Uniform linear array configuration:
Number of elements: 8
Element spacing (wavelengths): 0.25
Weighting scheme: uniform
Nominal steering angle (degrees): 60
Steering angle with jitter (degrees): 59.919
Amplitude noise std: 0.05
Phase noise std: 0.05

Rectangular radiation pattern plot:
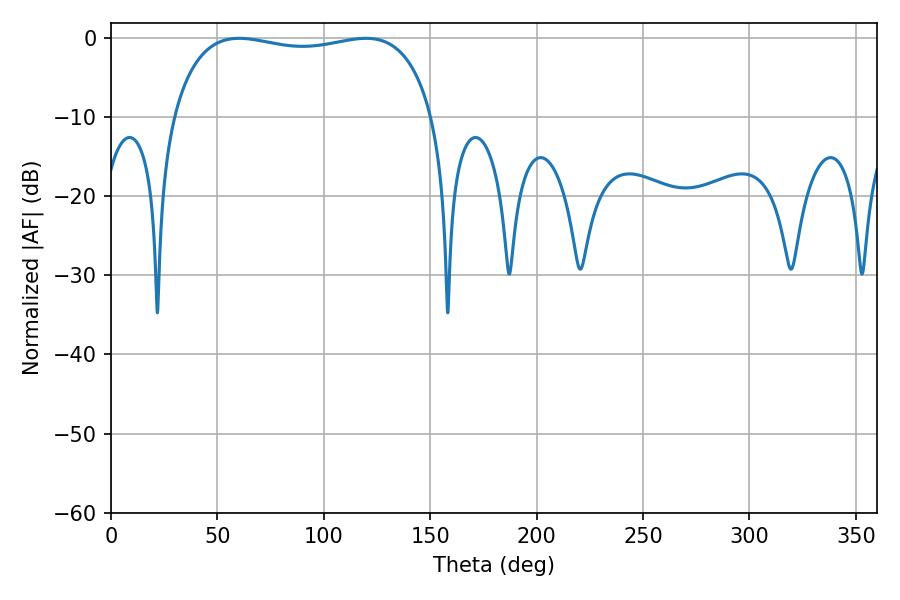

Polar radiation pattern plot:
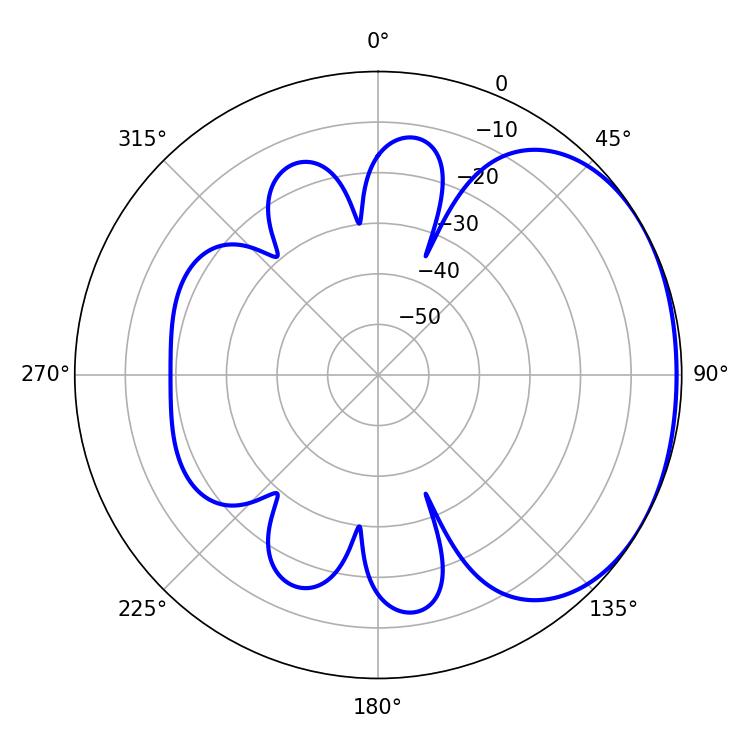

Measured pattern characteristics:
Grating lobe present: FALSE
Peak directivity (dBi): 1.643
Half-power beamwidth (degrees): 99.36
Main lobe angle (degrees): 60.12